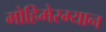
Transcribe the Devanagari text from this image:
मोहिमेरम्यान